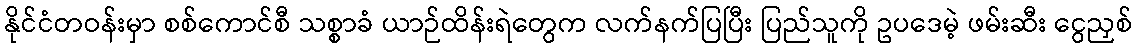
နိုင်ငံတဝန်းမှာ စစ်ကောင်စီ သစ္စာခံ ယာဉ်ထိန်းရဲတွေက လက်နက်ပြပြီး ပြည်သူကို ဥပဒေမဲ့ ဖမ်းဆီး ငွေညှစ်